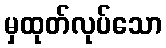
မှထုတ်လုပ်သော